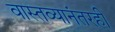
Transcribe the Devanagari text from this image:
वास्तव्यानंतरही